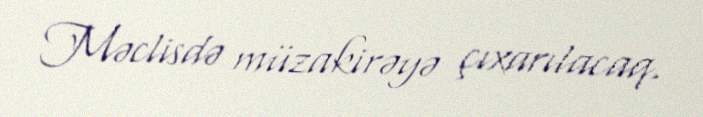
Məclisdə müzakirəyə çıxarılacaq.